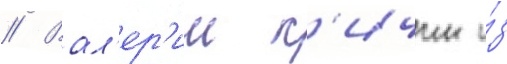
// Вал'ер'ии к'ичин и́з